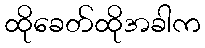
ထိုခေတ်ထိုအခါက